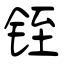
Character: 铚